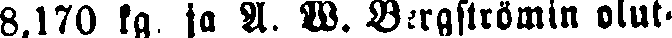
8,170 kg. ja A. W. Bergströmin olut-